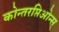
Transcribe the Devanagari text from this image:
कोन्तरप्तिओन्स्